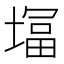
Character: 𭏨